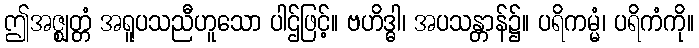
ဤအဇ္ဈတ္တံ အရူပသညီဟူသော ပါဌ်ဖြင့်။ ဗဟိဒ္ဓါ၊ အပသန္တာန်၌။ ပရိကမ္မံ၊ ပရိကံကို။